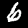
Label: 6